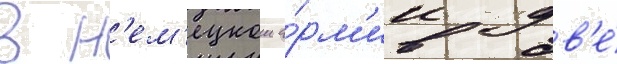
В н'ем'ецкои а́рм'ии дв'е́